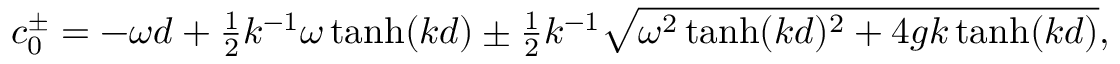
c _ { 0 } ^ { \pm } = - \omega d + { \textstyle { \frac { 1 } { 2 } } } k ^ { - 1 } \omega \operatorname { t a n h } ( k d ) \pm { \textstyle { \frac { 1 } { 2 } } } k ^ { - 1 } \sqrt { \omega ^ { 2 } \operatorname { t a n h } ( k d ) ^ { 2 } + 4 g k \operatorname { t a n h } ( k d ) } ,